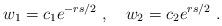
LaTeX: \begin{align*}w_1=c_1e^{-rs/2}\ ,\quad w_2=c_2e^{rs/2}\ .\end{align*}